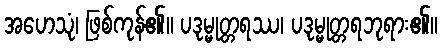
အဟေသုံ၊ ဖြစ်ကုန်၏။ ပဒုမ္မုတ္တရဿ၊ ပဒုမ္မုတ္တရဘုရား၏။